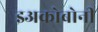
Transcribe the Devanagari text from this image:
इअकोबोनी